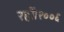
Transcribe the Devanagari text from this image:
रहीं।२००६